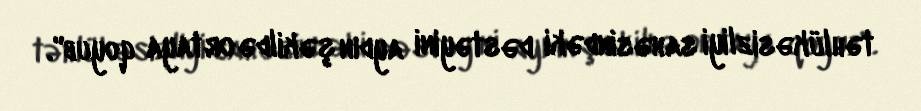
təhlükəsizliyi sahəsindəki dəstəyini aydın şəkildə ortaya qoyub".